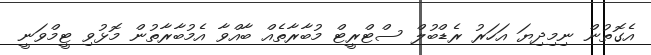
އެގޮތުން ނިމިދިޔަ އަހަރު ރެޑްބުލް ސްޓްރީޓް މުބާރާތެއް ބާއްވާ އެމުބާރާތުން މޮޅުވި ޓީމްވަނީ